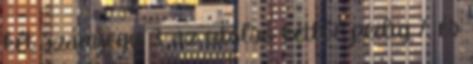
két számjegy 3, az utolsó kettőé pedig 7, és